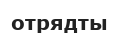
отрядты